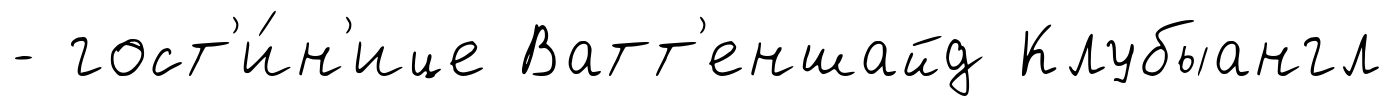
- гост'и́н'ице Ватт'еншайд Клубыангл